Scientific memoirs by medical officers of the Army of India - Part XII,
Year: 1901
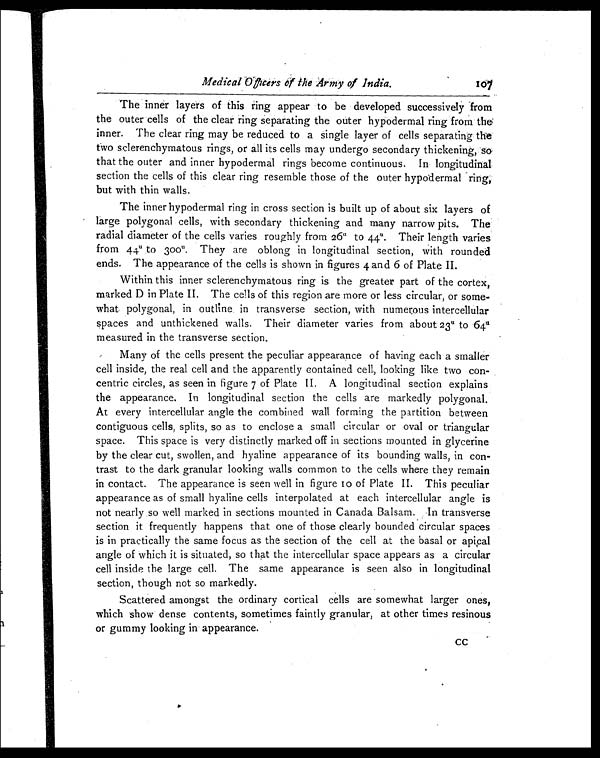
Medical Officers of the Army of India.
1 0 7
The inner layers of this ring appear to be developed successively from
the outer cells of the clear ring separating the outer hypodermal ring from the
inner. The clear ring may be reduced to a single layer of cells separating the
two sclerenchymatous rings, or all its cells may undergo secondary thickening, so
that the outer and inner hypodermal rings become continuous. In longitudinal
section the cells of this clear ring resemble those of the outer hypodermal ring,
but with thin walls.
The inner hypodermal ring in cross section is built up of about six layers of
large polygonal cells, with secondary thickening and many narrow pits. The
radial diameter of the cells varies roughly from 26
u
to 44u. Their length varies
from 44
u
to 300
u
. They are oblong in longitudinal section, with rounded
ends. The appearance of the cells is shown in figures 4 and 6 of Plate II.
Within this inner sclerenchymatous ring is the greater part of the cortex,
marked D in Plate II. The cells of this region are more or less circular, or some-
what polygonal, in outline in transverse section, with numerous intercellular
spaces and unthickened walls. Their diameter varies from about 23
u
to 64
u
measured in the transverse section.
Many of the cells present the peculiar appearance of having each a smaller
cell inside, the real cell and the apparently contained cell, looking like two con-
centric circles, as seen in figure 7 of Plate II. A longitudinal section explains
the appearance. In longitudinal section the cells are markedly polygonal.
At every intercellular angle the combined wall forming the partition between
contiguous cells, splits, so as to enclose a small circular or oval or triangular
space. This space is very distinctly marked off in sections mounted in glycerine
by the clear cut, swollen, and hyaline appearance of its bounding walls, in con-
trast to the dark granular looking walls common to the cells where they remain
in contact. The appearance is seen well in figure 10 of Plate II. This peculiar
appearance as of small hyaline cells interpolated at each intercellular angle is
not nearly so well marked in sections mounted in Canada Balsam. In transverse
section it frequently happens that one of those clearly bounded circular spaces
is in practically the same focus as the section of the cell at the basal or apical
angle of which it is situated, so that the intercellular space appears as a circular
cell inside the large cell. The same appearance is seen also in longitudinal
section, though not so markedly.
Scattered amongst the ordinary cortical cells are somewhat larger ones,
which show dense contents, sometimes faintly granular, at other times resinous
or gummy looking in appearance.
cc